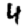
Digit: 4